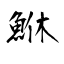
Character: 鮴